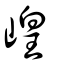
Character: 崲